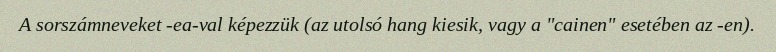
A sorszámneveket -ea-val képezzük (az utolsó hang kiesik, vagy a "cainen" esetében az -en).